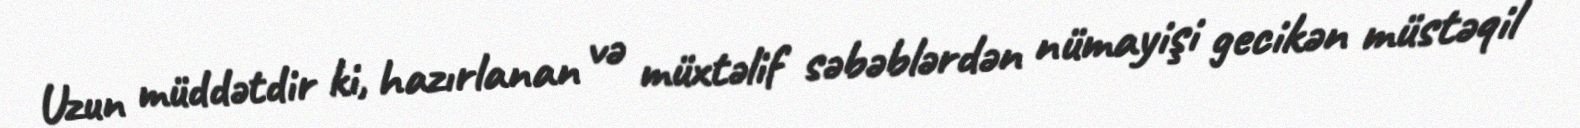
Uzun müddətdir ki, hazırlanan və müxtəlif səbəblərdən nümayişi gecikən müstəqil